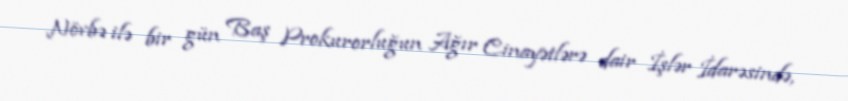
Növbə ilə bir gün Baş Prokurorluğun Ağır Cinayətlərə dair İşlər İdarəsində,